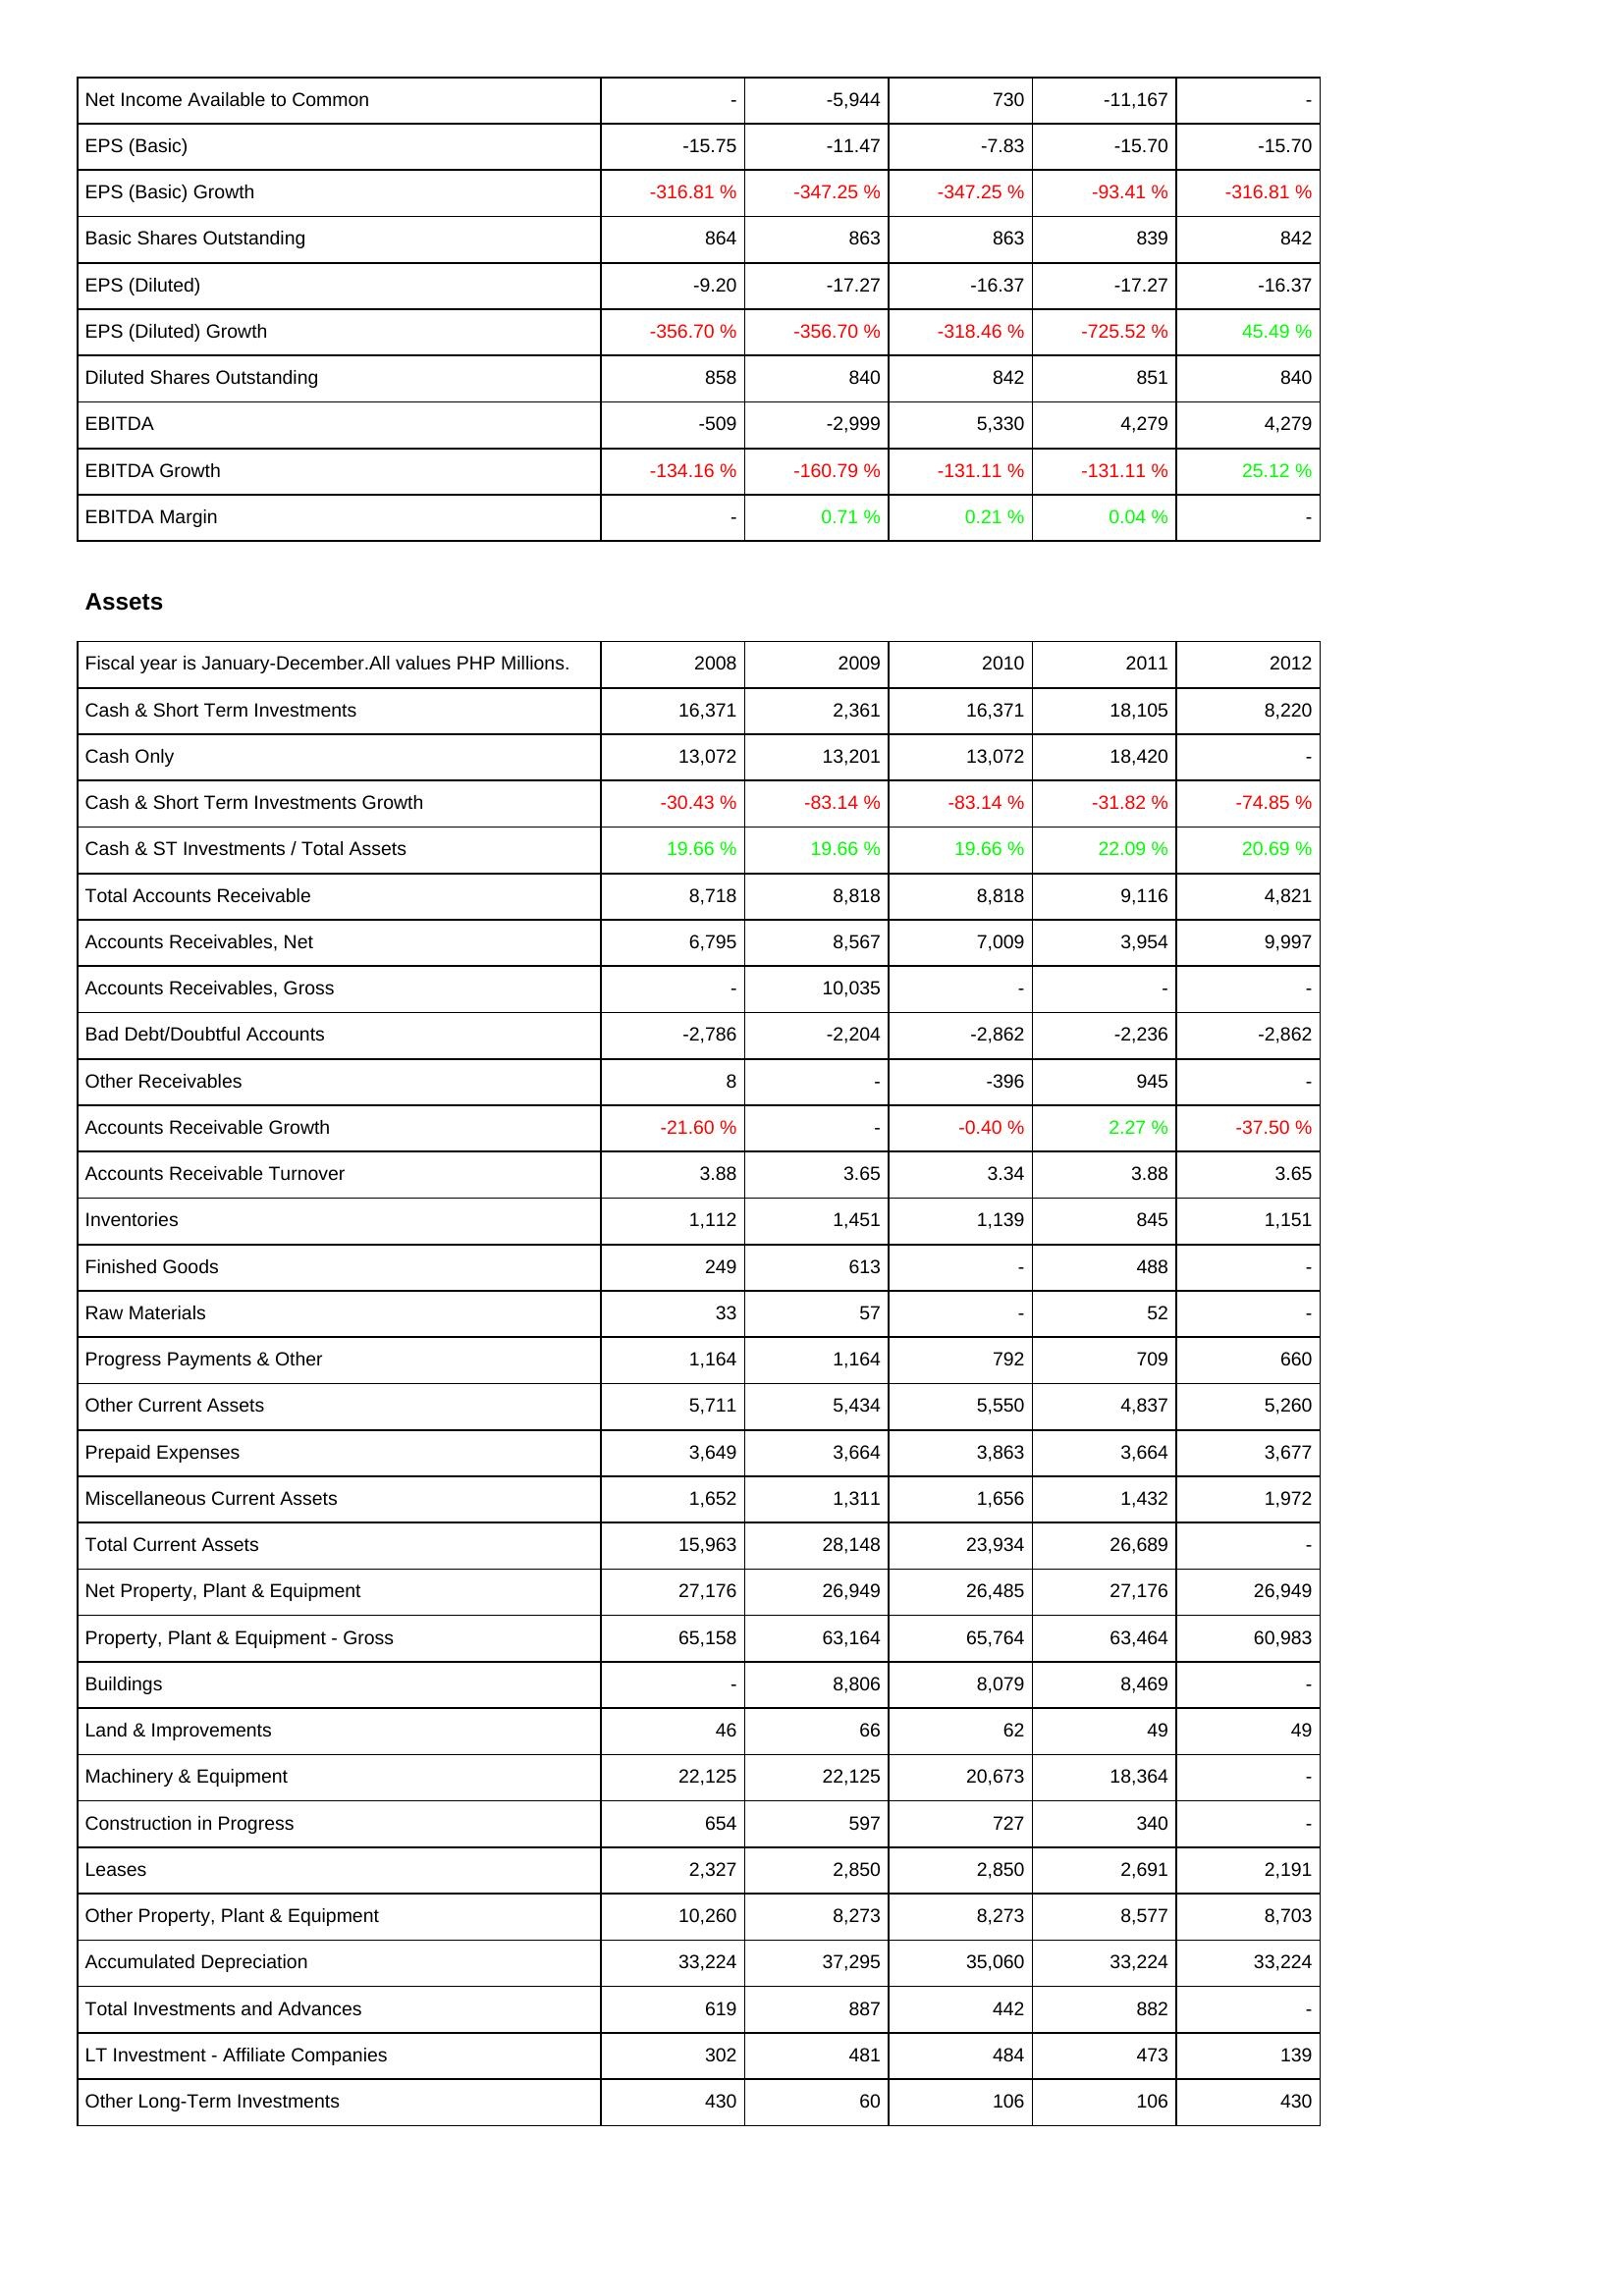
2008: Income Statement: Net Income Available to Common: -
EPS (Basic): -15.75
EPS (Basic) Growth: -316.81 %
Basic Shares Outstanding: 864
EPS (Diluted): -9.20
EPS (Diluted) Growth: -356.70 %
Diluted Shares Outstanding: 858
EBITDA: -509
EBITDA Growth: -134.16 %
EBITDA Margin: -
Assets: Cash & Short Term Investments: 16,371
Cash Only: 13,072
Cash & Short Term Investments Growth: -30.43 %
Cash & ST Investments / Total Assets: 19.66 %
Total Accounts Receivable: 8,718
Accounts Receivables, Net: 6,795
Accounts Receivables, Gross: -
Bad Debt/Doubtful Accounts: -2,786
Other Receivables: 8
Accounts Receivable Growth: -21.60 %
Accounts Receivable Turnover: 3.88
Inventories: 1,112
Finished Goods: 249
Raw Materials: 33
Progress Payments & Other: 1,164
Other Current Assets: 5,711
Prepaid Expenses: 3,649
Miscellaneous Current Assets: 1,652
Total Current Assets: 15,963
Net Property, Plant & Equipment: 27,176
Property, Plant & Equipment - Gross: 65,158
Buildings: -
Land & Improvements: 46
Machinery & Equipment: 22,125
Construction in Progress: 654
Leases: 2,327
Other Property, Plant & Equipment: 10,260
Accumulated Depreciation: 33,224
Total Investments and Advances: 619
LT Investment - Affiliate Companies: 302
Other Long-Term Investments: 430
2009: Income Statement: Net Income Available to Common: -5,944
EPS (Basic): -11.47
EPS (Basic) Growth: -347.25 %
Basic Shares Outstanding: 863
EPS (Diluted): -17.27
EPS (Diluted) Growth: -356.70 %
Diluted Shares Outstanding: 840
EBITDA: -2,999
EBITDA Growth: -160.79 %
EBITDA Margin: 0.71 %
Assets: Cash & Short Term Investments: 2,361
Cash Only: 13,201
Cash & Short Term Investments Growth: -83.14 %
Cash & ST Investments / Total Assets: 19.66 %
Total Accounts Receivable: 8,818
Accounts Receivables, Net: 8,567
Accounts Receivables, Gross: 10,035
Bad Debt/Doubtful Accounts: -2,204
Other Receivables: -
Accounts Receivable Growth: -
Accounts Receivable Turnover: 3.65
Inventories: 1,451
Finished Goods: 613
Raw Materials: 57
Progress Payments & Other: 1,164
Other Current Assets: 5,434
Prepaid Expenses: 3,664
Miscellaneous Current Assets: 1,311
Total Current Assets: 28,148
Net Property, Plant & Equipment: 26,949
Property, Plant & Equipment - Gross: 63,164
Buildings: 8,806
Land & Improvements: 66
Machinery & Equipment: 22,125
Construction in Progress: 597
Leases: 2,850
Other Property, Plant & Equipment: 8,273
Accumulated Depreciation: 37,295
Total Investments and Advances: 887
LT Investment - Affiliate Companies: 481
Other Long-Term Investments: 60
2010: Income Statement: Net Income Available to Common: 730
EPS (Basic): -7.83
EPS (Basic) Growth: -347.25 %
Basic Shares Outstanding: 863
EPS (Diluted): -16.37
EPS (Diluted) Growth: -318.46 %
Diluted Shares Outstanding: 842
EBITDA: 5,330
EBITDA Growth: -131.11 %
EBITDA Margin: 0.21 %
Assets: Cash & Short Term Investments: 16,371
Cash Only: 13,072
Cash & Short Term Investments Growth: -83.14 %
Cash & ST Investments / Total Assets: 19.66 %
Total Accounts Receivable: 8,818
Accounts Receivables, Net: 7,009
Accounts Receivables, Gross: -
Bad Debt/Doubtful Accounts: -2,862
Other Receivables: -396
Accounts Receivable Growth: -0.40 %
Accounts Receivable Turnover: 3.34
Inventories: 1,139
Finished Goods: -
Raw Materials: -
Progress Payments & Other: 792
Other Current Assets: 5,550
Prepaid Expenses: 3,863
Miscellaneous Current Assets: 1,656
Total Current Assets: 23,934
Net Property, Plant & Equipment: 26,485
Property, Plant & Equipment - Gross: 65,764
Buildings: 8,079
Land & Improvements: 62
Machinery & Equipment: 20,673
Construction in Progress: 727
Leases: 2,850
Other Property, Plant & Equipment: 8,273
Accumulated Depreciation: 35,060
Total Investments and Advances: 442
LT Investment - Affiliate Companies: 484
Other Long-Term Investments: 106
2011: Income Statement: Net Income Available to Common: -11,167
EPS (Basic): -15.70
EPS (Basic) Growth: -93.41 %
Basic Shares Outstanding: 839
EPS (Diluted): -17.27
EPS (Diluted) Growth: -725.52 %
Diluted Shares Outstanding: 851
EBITDA: 4,279
EBITDA Growth: -131.11 %
EBITDA Margin: 0.04 %
Assets: Cash & Short Term Investments: 18,105
Cash Only: 18,420
Cash & Short Term Investments Growth: -31.82 %
Cash & ST Investments / Total Assets: 22.09 %
Total Accounts Receivable: 9,116
Accounts Receivables, Net: 3,954
Accounts Receivables, Gross: -
Bad Debt/Doubtful Accounts: -2,236
Other Receivables: 945
Accounts Receivable Growth: 2.27 %
Accounts Receivable Turnover: 3.88
Inventories: 845
Finished Goods: 488
Raw Materials: 52
Progress Payments & Other: 709
Other Current Assets: 4,837
Prepaid Expenses: 3,664
Miscellaneous Current Assets: 1,432
Total Current Assets: 26,689
Net Property, Plant & Equipment: 27,176
Property, Plant & Equipment - Gross: 63,464
Buildings: 8,469
Land & Improvements: 49
Machinery & Equipment: 18,364
Construction in Progress: 340
Leases: 2,691
Other Property, Plant & Equipment: 8,577
Accumulated Depreciation: 33,224
Total Investments and Advances: 882
LT Investment - Affiliate Companies: 473
Other Long-Term Investments: 106
2012: Income Statement: Net Income Available to Common: -
EPS (Basic): -15.70
EPS (Basic) Growth: -316.81 %
Basic Shares Outstanding: 842
EPS (Diluted): -16.37
EPS (Diluted) Growth: 45.49 %
Diluted Shares Outstanding: 840
EBITDA: 4,279
EBITDA Growth: 25.12 %
EBITDA Margin: -
Assets: Cash & Short Term Investments: 8,220
Cash Only: -
Cash & Short Term Investments Growth: -74.85 %
Cash & ST Investments / Total Assets: 20.69 %
Total Accounts Receivable: 4,821
Accounts Receivables, Net: 9,997
Accounts Receivables, Gross: -
Bad Debt/Doubtful Accounts: -2,862
Other Receivables: -
Accounts Receivable Growth: -37.50 %
Accounts Receivable Turnover: 3.65
Inventories: 1,151
Finished Goods: -
Raw Materials: -
Progress Payments & Other: 660
Other Current Assets: 5,260
Prepaid Expenses: 3,677
Miscellaneous Current Assets: 1,972
Total Current Assets: -
Net Property, Plant & Equipment: 26,949
Property, Plant & Equipment - Gross: 60,983
Buildings: -
Land & Improvements: 49
Machinery & Equipment: -
Construction in Progress: -
Leases: 2,191
Other Property, Plant & Equipment: 8,703
Accumulated Depreciation: 33,224
Total Investments and Advances: -
LT Investment - Affiliate Companies: 139
Other Long-Term Investments: 430